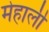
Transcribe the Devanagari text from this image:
मेहाली